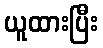
ယူထားပြီး